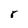
Character: r